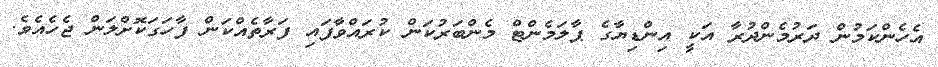
އެހެންކަމުން ދަރުމެންދުރާ އަކީ އިންޑިޔާގެ ޕާލަމެންޓް މެންބަރުކަން ކުރައްވާފައި ފަރާތެއްކަން ފާހަގަކޮށްލަން ޖެހެއެވެ.